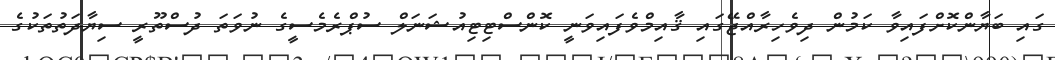
ގައި ބަޔާންކޮށްފައިވާ ކަމުން ދިވެހިރާއްޖޭގައި ޤާއިމްވެފައިވަނީ ކޮންސްޓިޓިއުޝަނަލް ސުޕްރެމެސީގެ ނުވަތަ ދުސްތޫރީ ސިޔާދަތުތަކުގެ